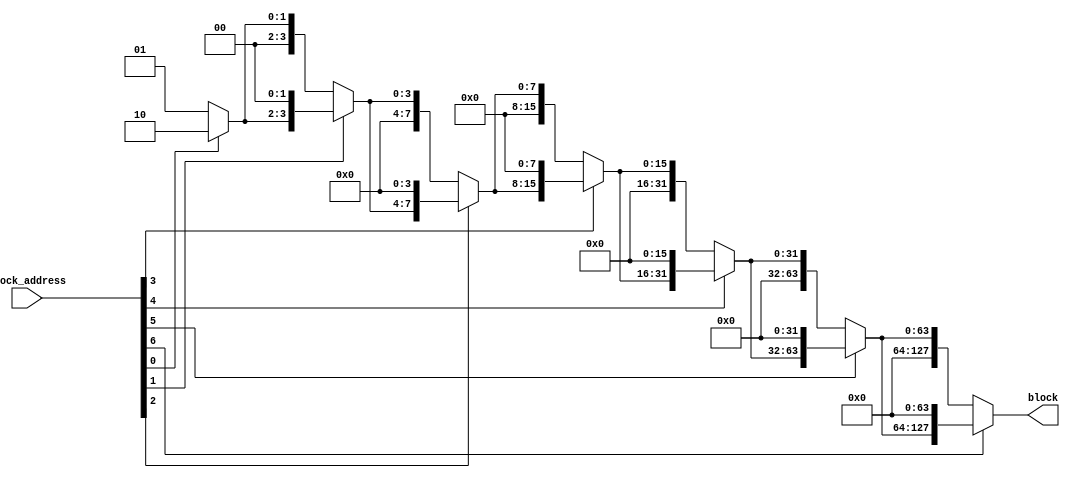
module decoder_7_128(block_address, block);
input [6:0] block_address;
output [127:0] block;

wire [127:0] shift1, shift2, shift4, shift8, shift16, shift32, shift64;

assign shift1 = (block_address[0]) ? 1 << 1 : 1;
assign shift2 = (block_address[1]) ? shift1 << 2 : shift1;
assign shift4 = (block_address[2]) ? shift2 << 4 : shift2;
assign shift8 = (block_address[3]) ? shift4 << 8 : shift4;
assign shift16 = (block_address[4]) ? shift8 << 16 : shift8;
assign shift32 = (block_address[5]) ? shift16 << 32 : shift16;
assign shift64 = (block_address[6]) ? shift32 << 64 : shift32;

assign block = shift64;

endmodule